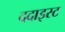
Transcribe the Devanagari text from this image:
ददाइस्ट